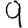
Digit: 9